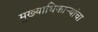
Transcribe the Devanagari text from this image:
मुख्याधिकार्‍यांचा